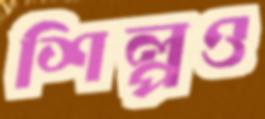
শিল্পও